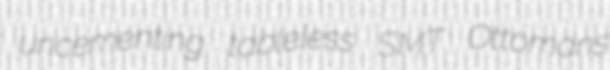
uncementing tableless SMT Ottomans